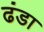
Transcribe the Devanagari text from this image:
ढंडा